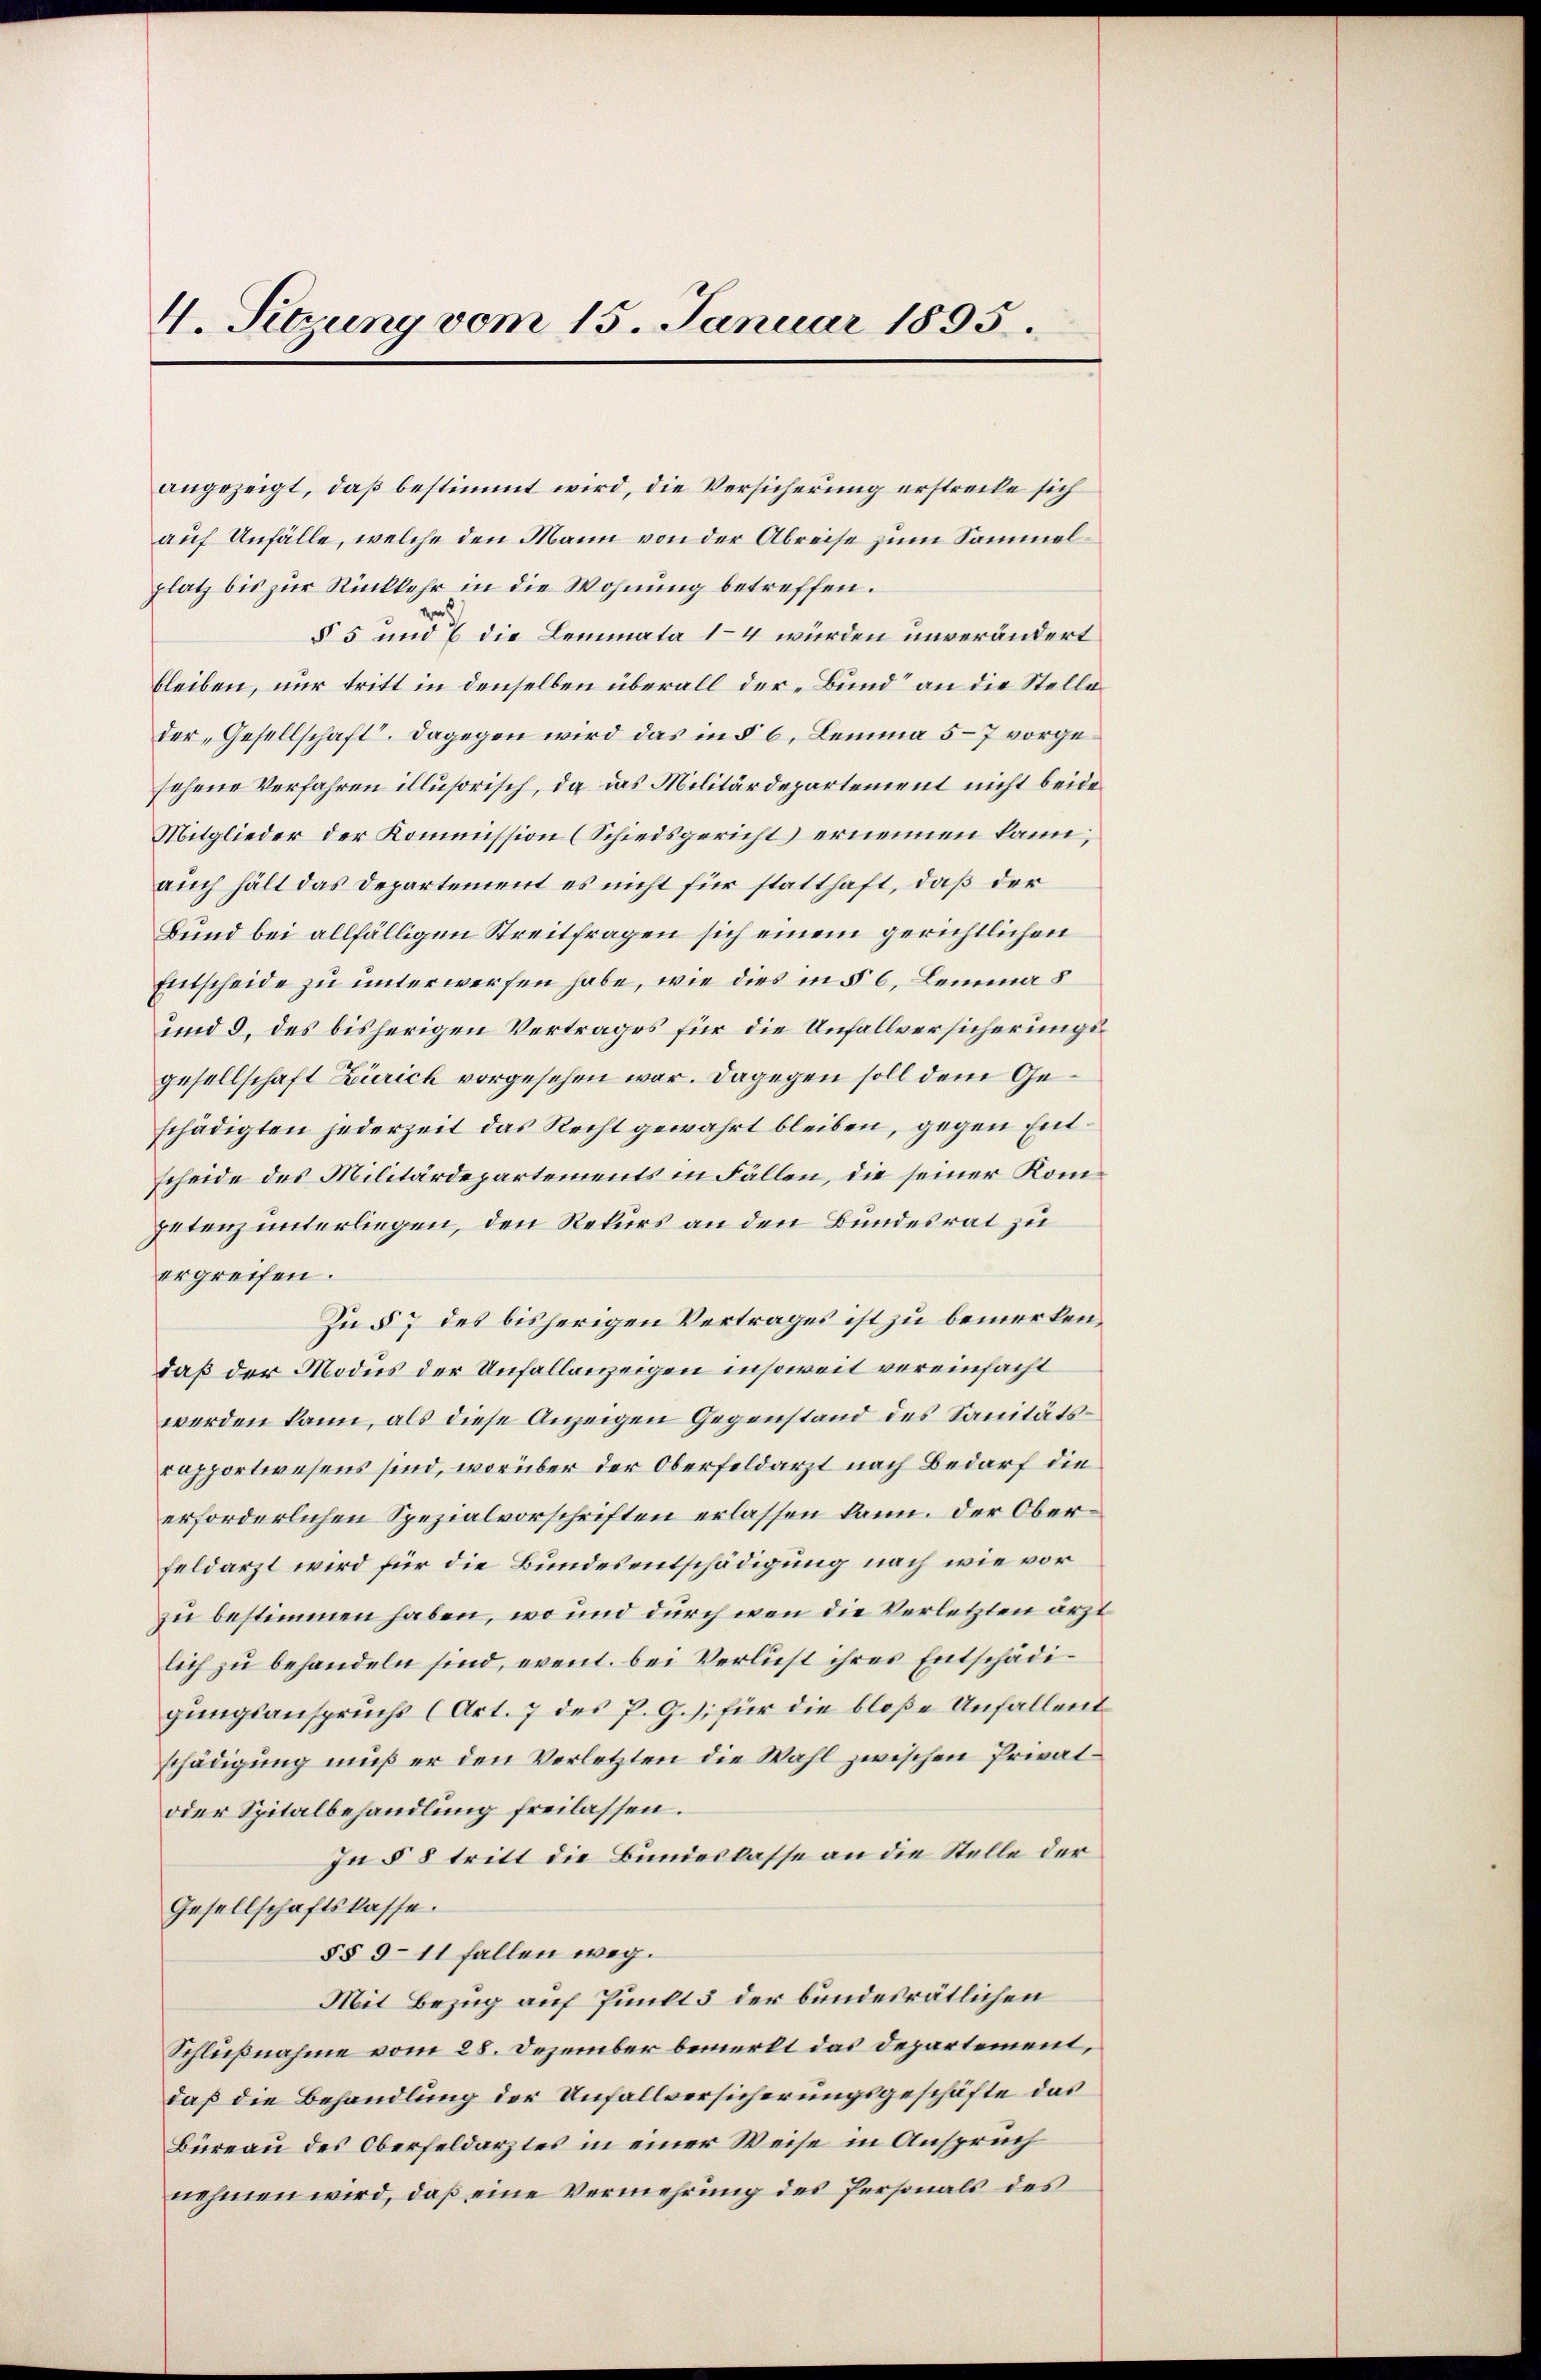
4. Sitzung vom 15. Januar 1895.

angezeigt, daß bestimmt wird, die Versicherung erstrecke sich
auf Unfälle, welche den Mann von der Abreise zum Sammelplatz bis zur Rückkehr in die Wohnung betreffen.
§ 5 und 7 die Lemmata 1–4 wurden unverändert
bleiben, nur tritt in denselben überall der „Bund“ an die Stelle
der „Gesellschaft. Dagegen wird das in § 6, Lemma 5–7 vorgesehene Verfahren illusorisch, da das Militärdepartement nicht beide
Mitglieder der Kommission (Schiedsgericht ernennen kann;
auch hält das Departement es nicht für statthaft, daß der
Bund bei allfälligen Streitfragen sich einem gerichtlichen
Entscheide zu unterwerfen habe, wie dies in § 6, Lemma s
und 3. des bisherigen Vertrages für die Unfallversicherungsgesellschaft Zürich vorgesehen war. Dagegen soll dem Geschädigten jederzeit das Recht gewahrt bleiben, gegen Entscheide des Militärdepartements in Fällen, die seiner Kompetenz unterliegen, den Rekurs an den Bundesrat zu
ergreifen.
Zu § 7 des bisherigen Vertrages ist zu bemerkendaß der Modus der Unfallanzeigen insoweit vereinfacht
werden kann, als diese Anzeigen Gegenstand des Sanitätsrapportwesens sind, worüber der Oberfeldarzt nach Bedarf die
erforderlichen Spezialvorschriften erlassen kann. Der Oberfeldarzt wird für die Bundesentschädigung nach wie vor
zu bestimmen haben, wo und durch wenn die Verletzten ärzt
lich zu behandeln sind, event. bei Verlust ihres Entschädigungsanspruchs (Art. 7 des P. G.) für die bloße Unfallent
schädigŭng muß er den Verletzten die Wahl zwischen Privat-
oder Spitalbehandlung freilassen.
In § 8 tritt die Bundeskasse an die Stelle der
Gesellschaftskasse.
§§ 9-11 fallen weg.
Mit Bezug auf Punkt 3 der bundesrätlichen
Schlußnahme vom 28. Dezember bemerkt das Departement,
daß die Behandlung der Unfallversicherungsgeschäfte das
Büreau des Oberfeldarztes in einer Weise in Anspruch
nehmen wird, daß eine Vermehrung des Personals des